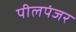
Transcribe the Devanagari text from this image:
पीलपंजर